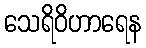
သေရိဝိဟာရေန